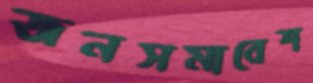
জনসমাবেশ